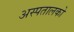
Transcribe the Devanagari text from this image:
अस्पतालको